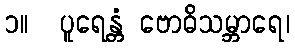
၁။  ပူရေန္တံ ဗောဓိသမ္ဘာရေ၊